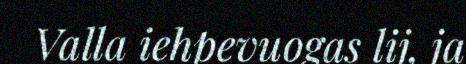
Valla iehpevuogas lij, ja